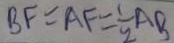
B F = A F = \frac { 1 } { 2 } A B